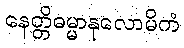
နေတ္တိဓမ္မာနုလောမိကံ